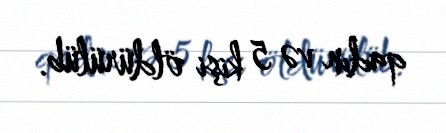
qadın və 5 kişi öldürülüb.